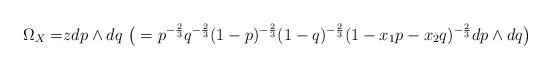
LaTeX: \begin{align*}\Omega_X=&zdp\wedge dq\ \big(=p^{-\frac{2}{3}}q^{-\frac{2}{3}}(1-p)^{-\frac{2}{3}}(1-q)^{-\frac{2}{3}}(1-x_1 p-x_2q)^{-\frac{2}{3}}dp\wedge dq\big)\end{align*}